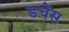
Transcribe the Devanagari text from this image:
डचेंस